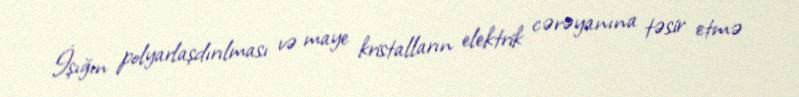
İşığın polyarlaşdırılması və maye kristalların elektrik cərəyanına təsir etmə